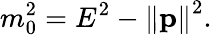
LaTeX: m_{0}^{2}=E^{2}-\left\| \mathbf{p}\right\| ^{2}.